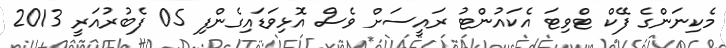
މެކިނަންގެ ފޭކް ޓްވިޓަ އެކައުންޓު ރައީސަށް ވެސް އޮޅިވަޑައިގެންފި 05 ފެބުރުއަރީ 2013